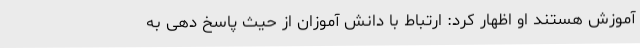
آموزش هستند او اظهار کرد: ارتباط با دانش آموزان از حیث پاسخ دهی به